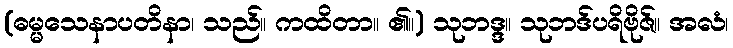
(ဓမ္မသေနာပတိနာ၊ သည်။ ကထိတာ။ ၏။) သုဘဒ္ဒ။ သုဘဒ်ပရိဗိုဇ်။ အလံ၊